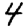
Digit: 4